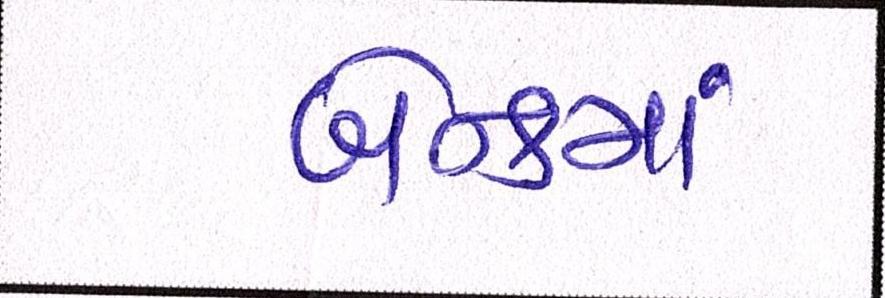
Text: બૅન્કમાં